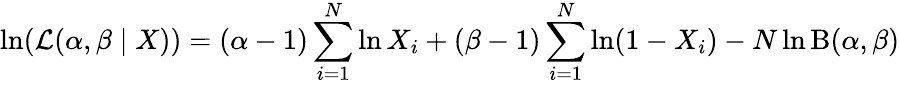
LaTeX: \ln({\mathcal{L}}(\alpha,\beta\mid X))=(\alpha-1)\sum_{i=1}^{N}\ln X_{i}+(\beta-1)\sum_{i=1}^{N}\ln(1-X_{i})-N\ln\mathrm{B}(\alpha,\beta)